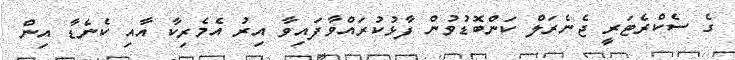
ގެ ސެކްރެޓަރީ ޖެނެރަލް ކަންބޮޑުވުން ފާޅުކުރައްވާފައިވާ އިރު އެމެރިކާ އާއި ކެނެޑާ އިން